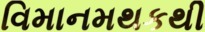
વિમાનમથકથી